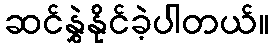
ဆင်နွှဲနိုင်ခဲ့ပါတယ်။